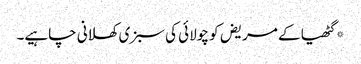
*گٹھیا کے مریض کو چولائی کی سبزی کھلانی چاہیے۔